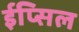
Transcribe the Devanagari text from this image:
ईप्सिल